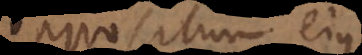
oppositum ejus